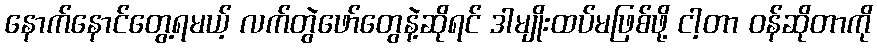
နောက်နောင်တွေ့ရမယ့် လက်တွဲဖော်တွေနဲ့ဆိုရင် ဒါမျိုးထပ်မဖြစ်ဖို့ ငါ့တာ ဝန်ဆိုတာကို